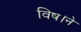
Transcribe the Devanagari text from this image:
विष।ने